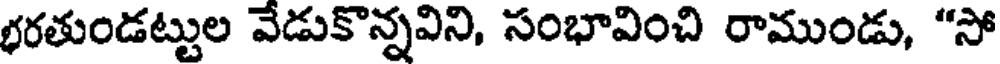
భరతుండట్టుల వేడుకొన్నవిని, సంభావించి రాముండు, "సో